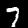
Label: 7